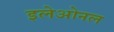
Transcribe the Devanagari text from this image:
इलेओनल